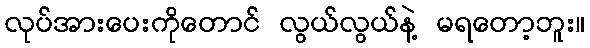
လုပ်အားပေးကိုတောင် လွယ်လွယ်နဲ့ မရတော့ဘူး။